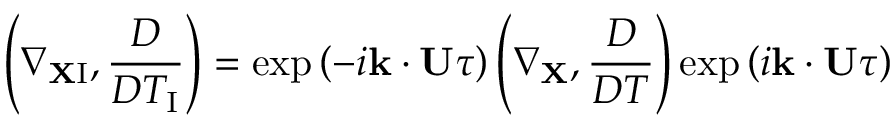
\left( { \nabla _ { { \bf { X } } \mathrm { { I } } } , \frac { D } { D T _ { \mathrm { { I } } } } } \right) = \exp \left( { - i { \bf { k } } \cdot { \bf { U } } \tau } \right) \left( { \nabla _ { \bf { X } } , \frac { D } { D T } } \right) \exp \left( { i { \bf { k } } \cdot { \bf { U } } \tau } \right)